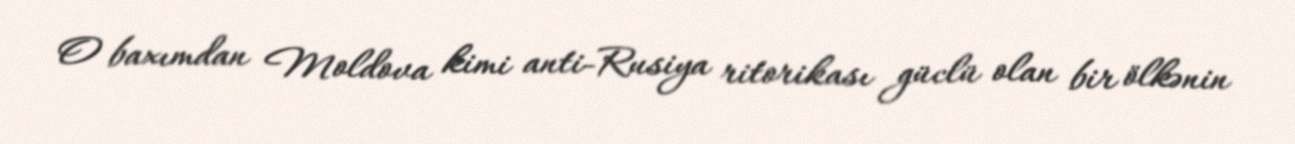
O baxımdan Moldova kimi anti-Rusiya ritorikası güclü olan bir ölkənin